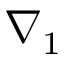
\nabla _ { 1 }